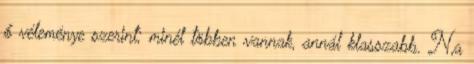
ő véleménye szerint; minél többen vannak, annál klasszabb. N,a